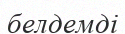
белдемді